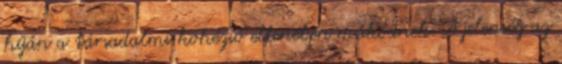
híján a társadalmi kohézió ellenében működnek. A jelenség az